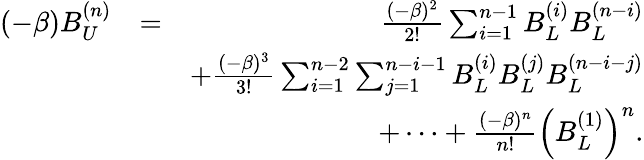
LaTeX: \begin{array}{rlr}{(-\beta)B_{U}^{(n)}}&{=}&{\frac{(-\beta)^{2}}{2!}\sum_{i=1}^{n-1}B_{L}^{(i)}B_{L}^{(n-i)}}\\ &{}&{+\frac{(-\beta)^{3}}{3!}\sum_{i=1}^{n-2}\sum_{j=1}^{n-i-1}B_{L}^{(i)}B_{L}^{(j)}B_{L}^{(n-i-j)}}\\ &{}&{+\cdots+\frac{(-\beta)^{n}}{n!}\left(B_{L}^{(1)}\right)^{n}.}\end{array}